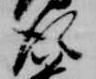
従